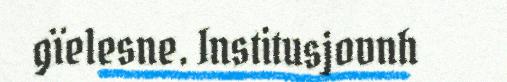
gïelesne. Institusjovnh